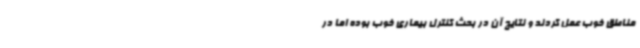
مناطق خوب عمل کردند و نتایج آن در بحث کنترل بیماری خوب بوده اما در